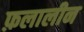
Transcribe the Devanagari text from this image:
फ़लालीन